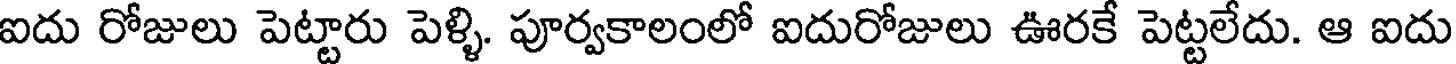
ఐదు రోజులు పెట్టారు పెళ్ళి. పూర్వకాలంలో ఐదురోజులు ఊరకే పెట్టలేదు. ఆ ఐదు